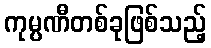
ကုမ္ပဏီတစ်ခုဖြစ်သည့်